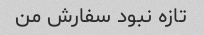
تازه نبود سفارش من